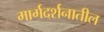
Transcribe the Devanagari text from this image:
मार्गदर्शनातील